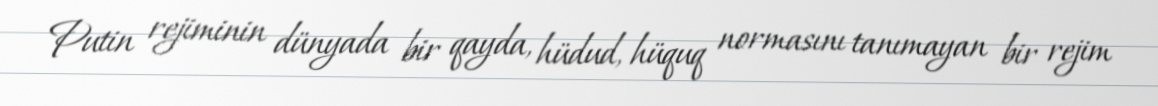
Putin rejiminin dünyada bir qayda, hüdud, hüquq normasını tanımayan bir rejim